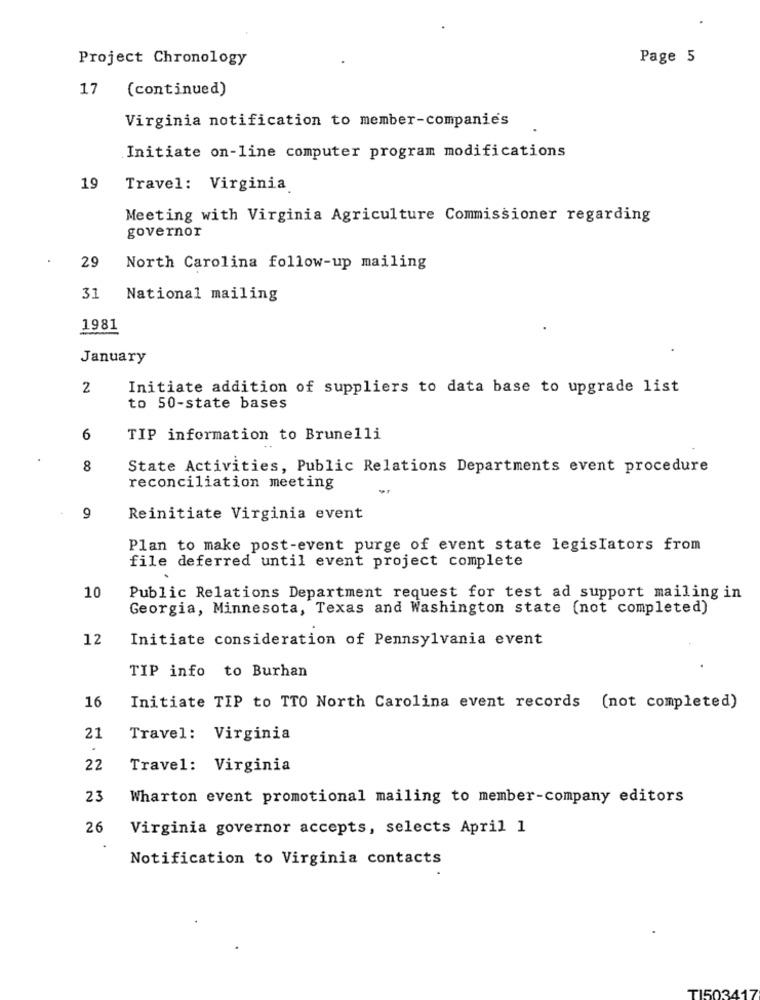
Project Chronology
Page 5
17
(continued)
Virginia notification to member-companies
Initiate on-line computer program modifications
19
Travel: Virginia
Meeting with Virginia Agriculture Commissioner regarding
governor
29
North Carolina follow-up mailing
31
National mailing
1981
January
2
Initiate addition of suppliers to data base to upgrade list
to 50-state bases
6
TIP information to Brunelli
8
State Activities, Public Relations Departments event procedure
reconciliation meeting
9
Reinitiate Virginia event
Plan to make post-event purge of event state legislators from
file deferred until event project complete
10
Public Relations Department request for test ad support mailing in
Georgia, Minnesota, Texas and Washington state (not completed)
12
Initiate consideration of Pennsylvania event
TIP info to Burhan
16
Initiate TIP to TTO North Carolina event records (not completed)
21
Travel: Virginia
22
Travel: Virginia
23
Wharton event promotional mailing to member-company editors
26
Virginia governor accepts, selects April 1
Notification to Virginia contacts
TISO